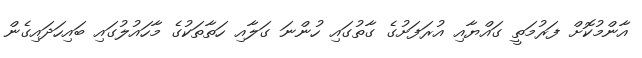
އާންމުކޮށް ފަރުމަތީ ގައްޔާއި އުރަފަށުގެ ގާތުގައި ހުންނަ ގަލާއި ހަތާތަކުގެ މާހައުލުގައި ބައިހަދައިގެން